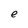
Character: e